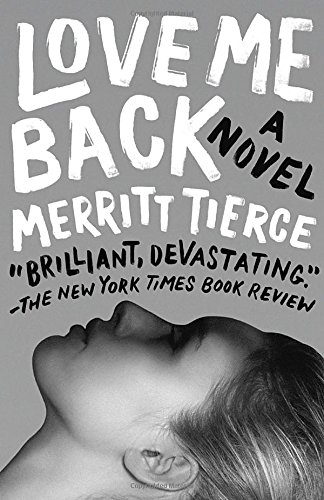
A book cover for Love Me Back; Merritt Tierce; Literature & Fiction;